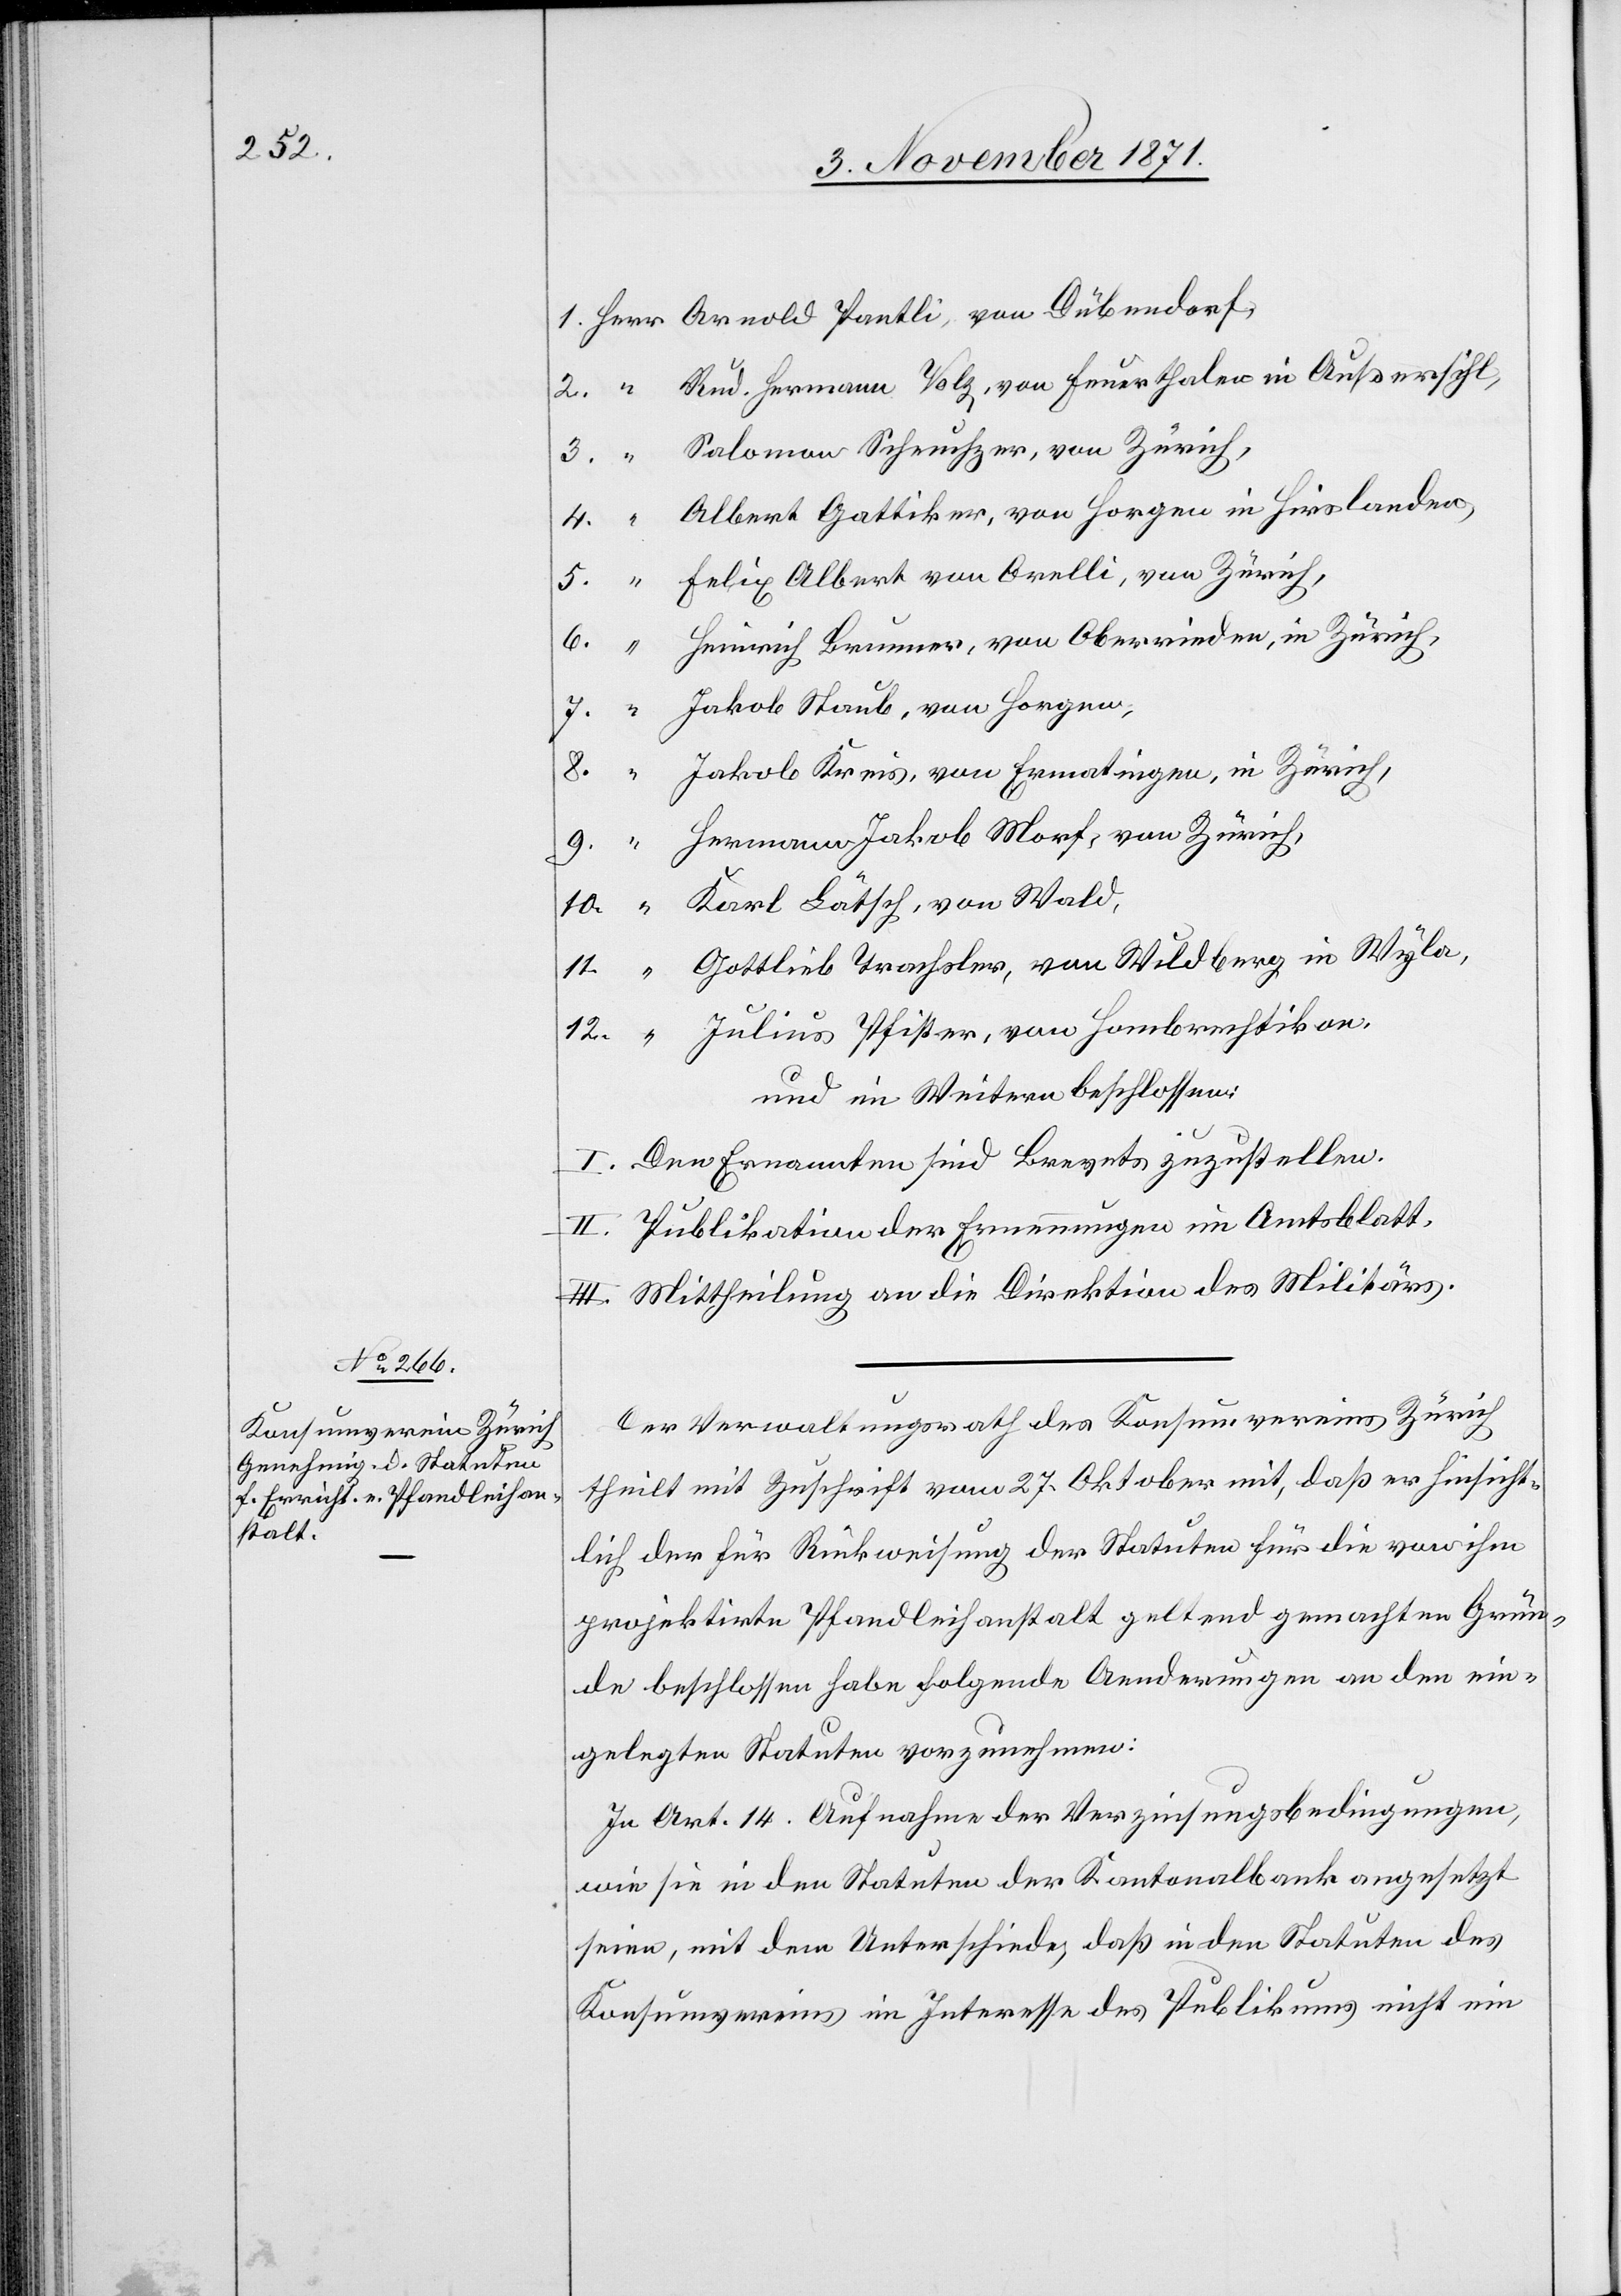
1. Herr Arnold Pantli, von Dübendorf,
2. “ Rud. Hermann Volg, von Feuerthalen in Außersihl,
3. “ Salomon Scheuchzer, von Zürich,
4. “ Albert Gattiker, von Horgen in Hirslanden,
5. “ Felix Albert von Orelli, von Zürich,
6. “ Heinrich Brunner, von Oberrieden, in Zürich,
7. “ Jakob Staub, von Horgen,
8. “ Jakob Kreis, von Ermatingen, in Zürich,
9. “ Hermann Jakob Morf, von Zürich,
10. “ Karl Lätsch, von Wald,
11. “ Gottlieb Trachsler, von Wildberg in Wyla,
12. “ Julius Pfister, von Hombrechtikon.
und im Weitern beschlossen:
I. Den Ernannten sind Brevets zuzustellen.
II. Publikation der Ernennungen im Amtsblatt.
III. Mittheilung an die Direktion des Militärs.
Der Verwaltungsrath des Konsumvereins Zürich
theilt mit Zuschrift vom 27. Oktober mit, daß er hinsicht¬
lich der für Rückweisung der Statuten für die von ihm
projektirte Pfandleihanstalt geltend gemachten Grün¬
de beschlossen habe folgende Aenderungen an den ein¬
gelegten Statuten vorzunehmen:
In Art. 14 Aufnahme der Verzinsungsbedingungen,
wie sie in den Statuten der Kantonalbank angesetzt
seien, mit dem Unterschiede, daß in den Statuten des
Konsumvereins im Interesse des Publikums nicht ein